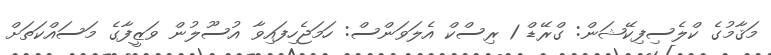
މަޤާމުގެ ކްލެސިފިކޭޝަން: ގްރޭޑް 1 ރިސްކް އެލަވަންސް: ހަމަޖެހިފައިވާ އުސޫލުން ވަޒީފާގެ މަސައްކަތަށް